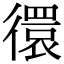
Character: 𢕼